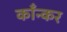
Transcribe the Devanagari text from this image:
काँन्कर